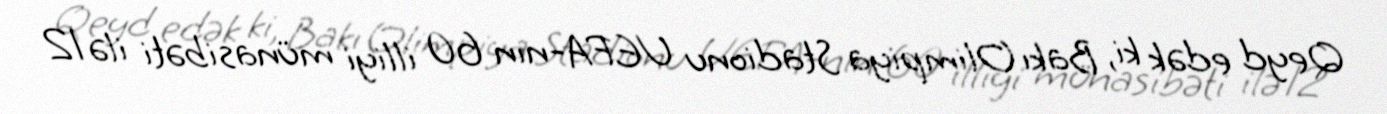
Qeyd edək ki, Bakı Olimpiya Stadionu UEFA-nın 60 illiyi münasibəti ilə 12